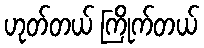
ဟုတ်တယ် ကြိုက်တယ်